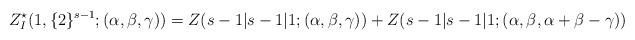
LaTeX: \begin{align*}Z_{I}^{\star}(1,\{2\}^{s-1};(\alpha, \beta,\gamma))=Z(s-1|s-1|1;(\alpha,\beta,\gamma))+Z(s-1|s-1|1;(\alpha,\beta,\alpha+\beta-\gamma))\end{align*}